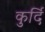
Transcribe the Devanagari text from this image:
कुर्दि